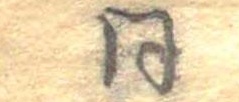
同